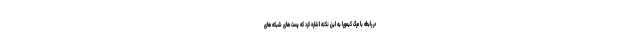
در رابطه با مرگ کیمورا به این نکته اشاره کرد که پست های شبکه های